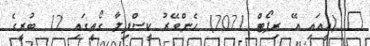
_ (އީއައި އޭ ރިޕޯޓް 2021) ހެންވޭރު ކީސްފިލާ ގޯތީގައި 12 ބުރީގެ